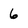
Character: 6